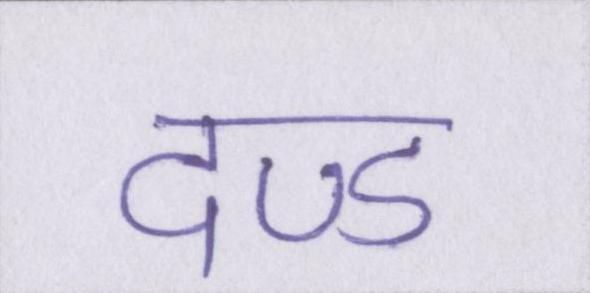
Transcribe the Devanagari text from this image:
दण्ड